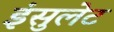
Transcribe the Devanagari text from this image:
इंसुलेट